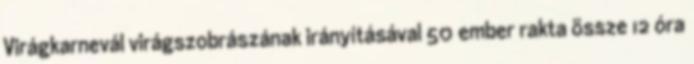
Virágkarnevál virágszobrászának irányításával 50 ember rakta össze 12 óra